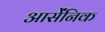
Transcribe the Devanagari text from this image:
आर्सेंनिक